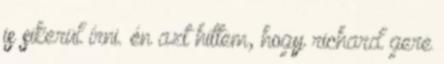
is sikerül írni. én azt hittem, hogy richard gere